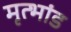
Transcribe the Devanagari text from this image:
मृत्भांड